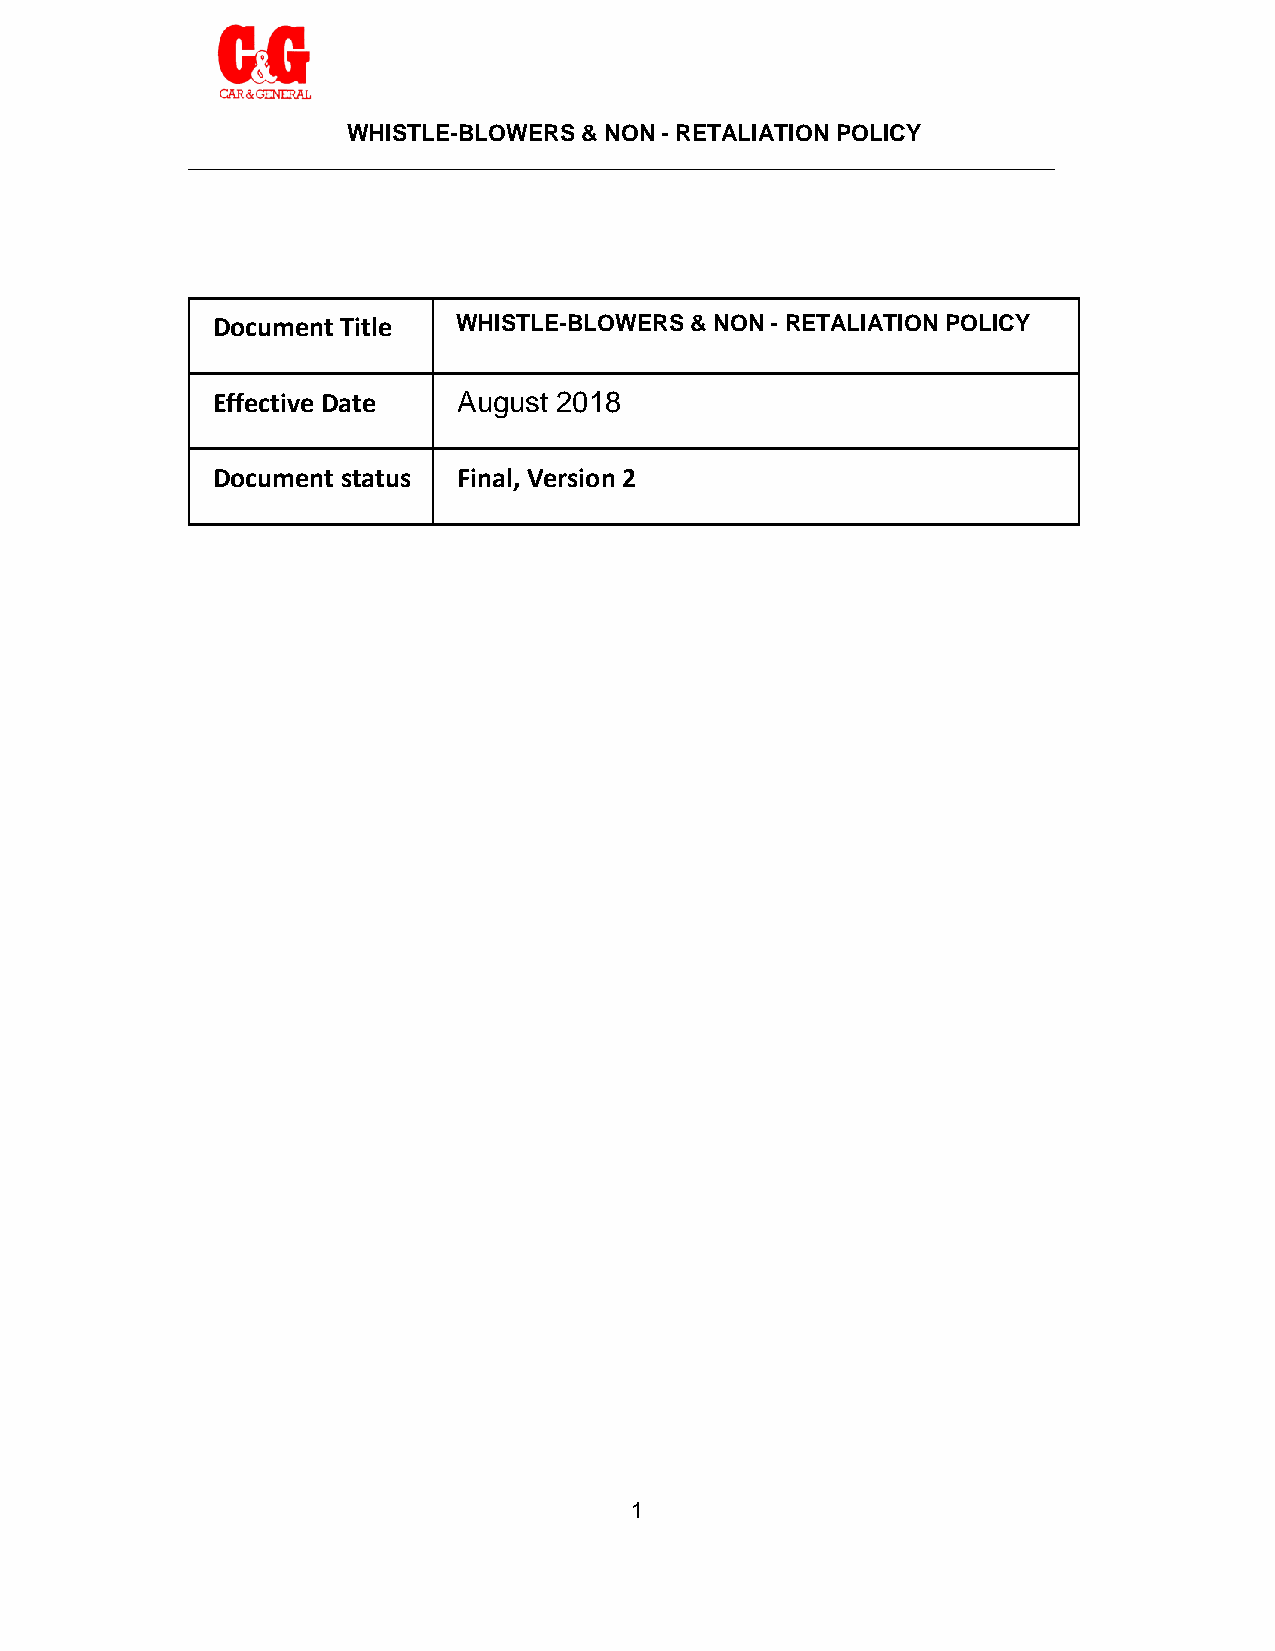
WHISTLE-BLOWERS & NON - RETALIATION POLICY
 ____________________________________________________________________
 Document Title  WHISTLE-BLOWERS & NON - RETALIATION POLICY
 Effective Date  August 2018
 Document status Final, Version 2
 1